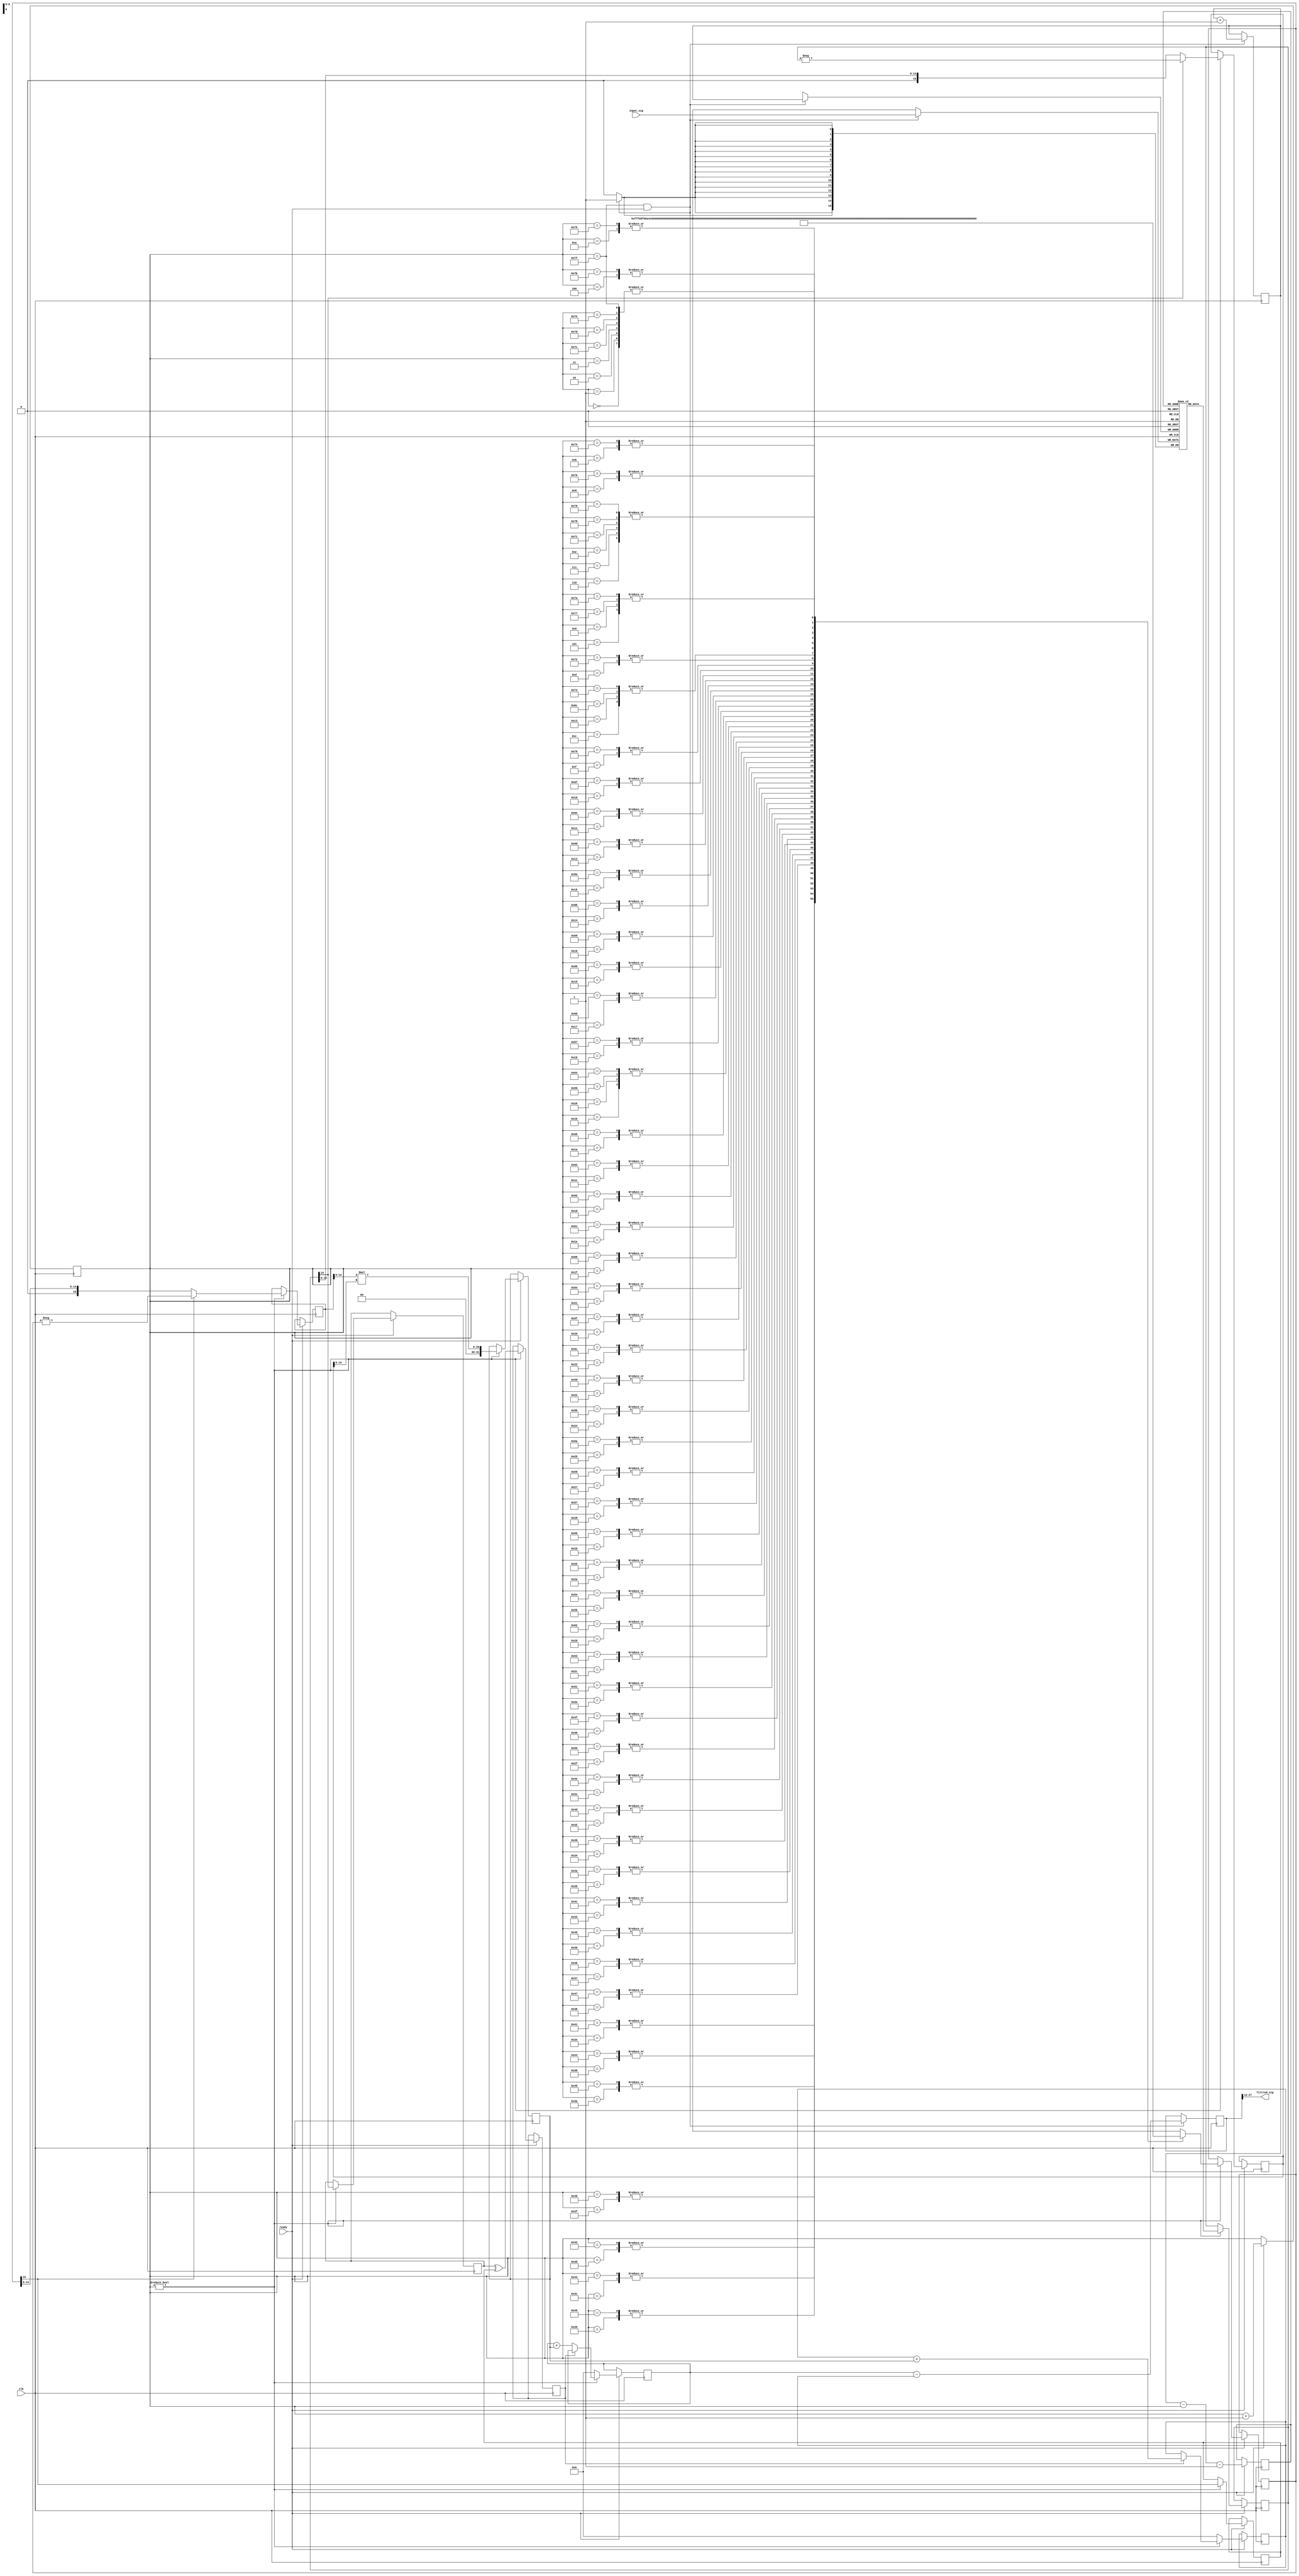
`timescale 1ns/1ns
`define WIDTH 16


module fir_filter_sep (
    input clk,    // Clock

    input signed  [`WIDTH-1 : 0] input_sig,
    input ready,

    output signed [`WIDTH-1 : 0] filtred_sig
);


(* ram_style = "block" *) wire signed [`WIDTH-1 : 0] fir_coefs [0 : 127];
(* ram_style = "block" *) reg signed [`WIDTH-1: 0] delay [0 : 127];

integer i;

//initial 
//   for (i = 0; i < 128; i = i + 1)
//       delay[i] = 0;


reg  [2*`WIDTH-1: 0] coll_sum_pos = 0;
reg  [2*`WIDTH-1: 0] coll_sum_neg =0;

reg signed [2*`WIDTH-1 : 0] result = 0;
reg  [2*`WIDTH-1 : 0] mult = 0;

reg [6 : 0] r_index = 8'h7F;
reg [6 : 0] w_index = 0;
reg [6 : 0] del_index = 0;

reg signed [`WIDTH-1 : 0] m0;
reg signed [`WIDTH-1 : 0] m1;
reg signed [`WIDTH-1 : 0] m0_abs;
reg signed [`WIDTH-1 : 0] m1_abs;

wire  [`WIDTH-2 : 0] m0_unsigned = m0_abs[`WIDTH-2 : 0];
wire  [`WIDTH-2 : 0] m1_unsigned = m1_abs[`WIDTH-2 : 0];
reg s0,s1,mult_s;


always @(posedge clk) begin

    if ( r_index == 8'h7F && ready) begin
        result <=   $signed({1'b0,coll_sum_pos}) - $signed({1'b0,coll_sum_neg}) ;// & 18'sh3FF;
        // result <= coll_sum_pos - coll_sum_neg;
        
        w_index <= w_index + 1;
        delay[w_index] <= input_sig;
    end

    if (ready) begin
        r_index <= r_index + 1;

        del_index <= w_index - r_index - 1;

        if (r_index) begin
            m0 <=  fir_coefs[r_index];
            m1 <= delay[del_index];
            
            m0_abs <= m0[`WIDTH-1] ? -m0 : m0;
            m1_abs <= m1[`WIDTH-1] ? -m1 : m1;
            
            s0 <= m0[`WIDTH-1];
            s1 <= m1[`WIDTH-1];
            mult <= m0_unsigned * m1_unsigned ;
            mult_s <= s1 ^ s0;
            if ( mult_s )
                coll_sum_neg <= coll_sum_neg + mult;
            else
                coll_sum_pos <= coll_sum_pos + mult;
        end
        else begin
            coll_sum_pos <= 0;
            coll_sum_neg <= 0;
        end

    end
end


assign filtred_sig = result >>> 12;

// # python3
// from scipy.signal import kaiserord, firwin
// from numpy import round

// sample_rate = 100.0
// nyq_rate = sample_rate / 2.0
// width = 3.0/nyq_rate
// ripple_db = 70.0

// # Compute the order and Kaiser parameter for the FIR filter.
// N, beta = kaiserord(ripple_db, width) # N = 146 decrease to 128
// cutoff_hz = 10.0

// taps = firwin(128, cutoff_hz/nyq_rate, window=('kaiser', beta))
// taps = round( (taps/max(abs(taps))) * (2**12-1))
// count = 0
// for tap in taps:
//     print(f"assign fir_coefs[{count}] = ", end="")
//     if tap < 0:
//         print(f"-`WIDTH'sd{int(abs(tap))};")
//     else:
//         print(f"`WIDTH'sd{int(tap)};")
//     count += 1
assign fir_coefs[0] = `WIDTH'sd1;
assign fir_coefs[1] = `WIDTH'sd1;
assign fir_coefs[2] = `WIDTH'sd1;
assign fir_coefs[3] = `WIDTH'sd1;
assign fir_coefs[4] = -`WIDTH'sd1;
assign fir_coefs[5] = -`WIDTH'sd2;
assign fir_coefs[6] = -`WIDTH'sd4;
assign fir_coefs[7] = -`WIDTH'sd4;
assign fir_coefs[8] = -`WIDTH'sd2;
assign fir_coefs[9] = `WIDTH'sd2;
assign fir_coefs[10] = `WIDTH'sd6;
assign fir_coefs[11] = `WIDTH'sd9;
assign fir_coefs[12] = `WIDTH'sd8;
assign fir_coefs[13] = `WIDTH'sd4;
assign fir_coefs[14] = -`WIDTH'sd4;
assign fir_coefs[15] = -`WIDTH'sd13;
assign fir_coefs[16] = -`WIDTH'sd18;
assign fir_coefs[17] = -`WIDTH'sd16;
assign fir_coefs[18] = -`WIDTH'sd7;
assign fir_coefs[19] = `WIDTH'sd8;
assign fir_coefs[20] = `WIDTH'sd23;
assign fir_coefs[21] = `WIDTH'sd32;
assign fir_coefs[22] = `WIDTH'sd29;
assign fir_coefs[23] = `WIDTH'sd12;
assign fir_coefs[24] = -`WIDTH'sd14;
assign fir_coefs[25] = -`WIDTH'sd39;
assign fir_coefs[26] = -`WIDTH'sd54;
assign fir_coefs[27] = -`WIDTH'sd48;
assign fir_coefs[28] = -`WIDTH'sd20;
assign fir_coefs[29] = `WIDTH'sd22;
assign fir_coefs[30] = `WIDTH'sd63;
assign fir_coefs[31] = `WIDTH'sd85;
assign fir_coefs[32] = `WIDTH'sd75;
assign fir_coefs[33] = `WIDTH'sd31;
assign fir_coefs[34] = -`WIDTH'sd34;
assign fir_coefs[35] = -`WIDTH'sd97;
assign fir_coefs[36] = -`WIDTH'sd131;
assign fir_coefs[37] = -`WIDTH'sd115;
assign fir_coefs[38] = -`WIDTH'sd48;
assign fir_coefs[39] = `WIDTH'sd52;
assign fir_coefs[40] = `WIDTH'sd147;
assign fir_coefs[41] = `WIDTH'sd197;
assign fir_coefs[42] = `WIDTH'sd173;
assign fir_coefs[43] = `WIDTH'sd72;
assign fir_coefs[44] = -`WIDTH'sd78;
assign fir_coefs[45] = -`WIDTH'sd221;
assign fir_coefs[46] = -`WIDTH'sd298;
assign fir_coefs[47] = -`WIDTH'sd262;
assign fir_coefs[48] = -`WIDTH'sd109;
assign fir_coefs[49] = `WIDTH'sd120;
assign fir_coefs[50] = `WIDTH'sd344;
assign fir_coefs[51] = `WIDTH'sd469;
assign fir_coefs[52] = `WIDTH'sd421;
assign fir_coefs[53] = `WIDTH'sd179;
assign fir_coefs[54] = -`WIDTH'sd201;
assign fir_coefs[55] = -`WIDTH'sd596;
assign fir_coefs[56] = -`WIDTH'sd846;
assign fir_coefs[57] = -`WIDTH'sd798;
assign fir_coefs[58] = -`WIDTH'sd364;
assign fir_coefs[59] = `WIDTH'sd448;
assign fir_coefs[60] = `WIDTH'sd1517;
assign fir_coefs[61] = `WIDTH'sd2638;
assign fir_coefs[62] = `WIDTH'sd3568;
assign fir_coefs[63] = `WIDTH'sd4095;
assign fir_coefs[64] = `WIDTH'sd4095;
assign fir_coefs[65] = `WIDTH'sd3568;
assign fir_coefs[66] = `WIDTH'sd2638;
assign fir_coefs[67] = `WIDTH'sd1517;
assign fir_coefs[68] = `WIDTH'sd448;
assign fir_coefs[69] = -`WIDTH'sd364;
assign fir_coefs[70] = -`WIDTH'sd798;
assign fir_coefs[71] = -`WIDTH'sd846;
assign fir_coefs[72] = -`WIDTH'sd596;
assign fir_coefs[73] = -`WIDTH'sd201;
assign fir_coefs[74] = `WIDTH'sd179;
assign fir_coefs[75] = `WIDTH'sd421;
assign fir_coefs[76] = `WIDTH'sd469;
assign fir_coefs[77] = `WIDTH'sd344;
assign fir_coefs[78] = `WIDTH'sd120;
assign fir_coefs[79] = -`WIDTH'sd109;
assign fir_coefs[80] = -`WIDTH'sd262;
assign fir_coefs[81] = -`WIDTH'sd298;
assign fir_coefs[82] = -`WIDTH'sd221;
assign fir_coefs[83] = -`WIDTH'sd78;
assign fir_coefs[84] = `WIDTH'sd72;
assign fir_coefs[85] = `WIDTH'sd173;
assign fir_coefs[86] = `WIDTH'sd197;
assign fir_coefs[87] = `WIDTH'sd147;
assign fir_coefs[88] = `WIDTH'sd52;
assign fir_coefs[89] = -`WIDTH'sd48;
assign fir_coefs[90] = -`WIDTH'sd115;
assign fir_coefs[91] = -`WIDTH'sd131;
assign fir_coefs[92] = -`WIDTH'sd97;
assign fir_coefs[93] = -`WIDTH'sd34;
assign fir_coefs[94] = `WIDTH'sd31;
assign fir_coefs[95] = `WIDTH'sd75;
assign fir_coefs[96] = `WIDTH'sd85;
assign fir_coefs[97] = `WIDTH'sd63;
assign fir_coefs[98] = `WIDTH'sd22;
assign fir_coefs[99] = -`WIDTH'sd20;
assign fir_coefs[100] = -`WIDTH'sd48;
assign fir_coefs[101] = -`WIDTH'sd54;
assign fir_coefs[102] = -`WIDTH'sd39;
assign fir_coefs[103] = -`WIDTH'sd14;
assign fir_coefs[104] = `WIDTH'sd12;
assign fir_coefs[105] = `WIDTH'sd29;
assign fir_coefs[106] = `WIDTH'sd32;
assign fir_coefs[107] = `WIDTH'sd23;
assign fir_coefs[108] = `WIDTH'sd8;
assign fir_coefs[109] = -`WIDTH'sd7;
assign fir_coefs[110] = -`WIDTH'sd16;
assign fir_coefs[111] = -`WIDTH'sd18;
assign fir_coefs[112] = -`WIDTH'sd13;
assign fir_coefs[113] = -`WIDTH'sd4;
assign fir_coefs[114] = `WIDTH'sd4;
assign fir_coefs[115] = `WIDTH'sd8;
assign fir_coefs[116] = `WIDTH'sd9;
assign fir_coefs[117] = `WIDTH'sd6;
assign fir_coefs[118] = `WIDTH'sd2;
assign fir_coefs[119] = -`WIDTH'sd2;
assign fir_coefs[120] = -`WIDTH'sd4;
assign fir_coefs[121] = -`WIDTH'sd4;
assign fir_coefs[122] = -`WIDTH'sd2;
assign fir_coefs[123] = -`WIDTH'sd1;
assign fir_coefs[124] = `WIDTH'sd1;
assign fir_coefs[125] = `WIDTH'sd1;
assign fir_coefs[126] = `WIDTH'sd1;
assign fir_coefs[127] = `WIDTH'sd1;


endmodule